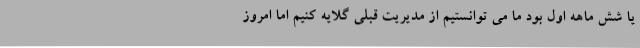
یا شش ماهه اول بود ما می توانستیم از مدیریت قبلی گلایه کنیم اما امروز